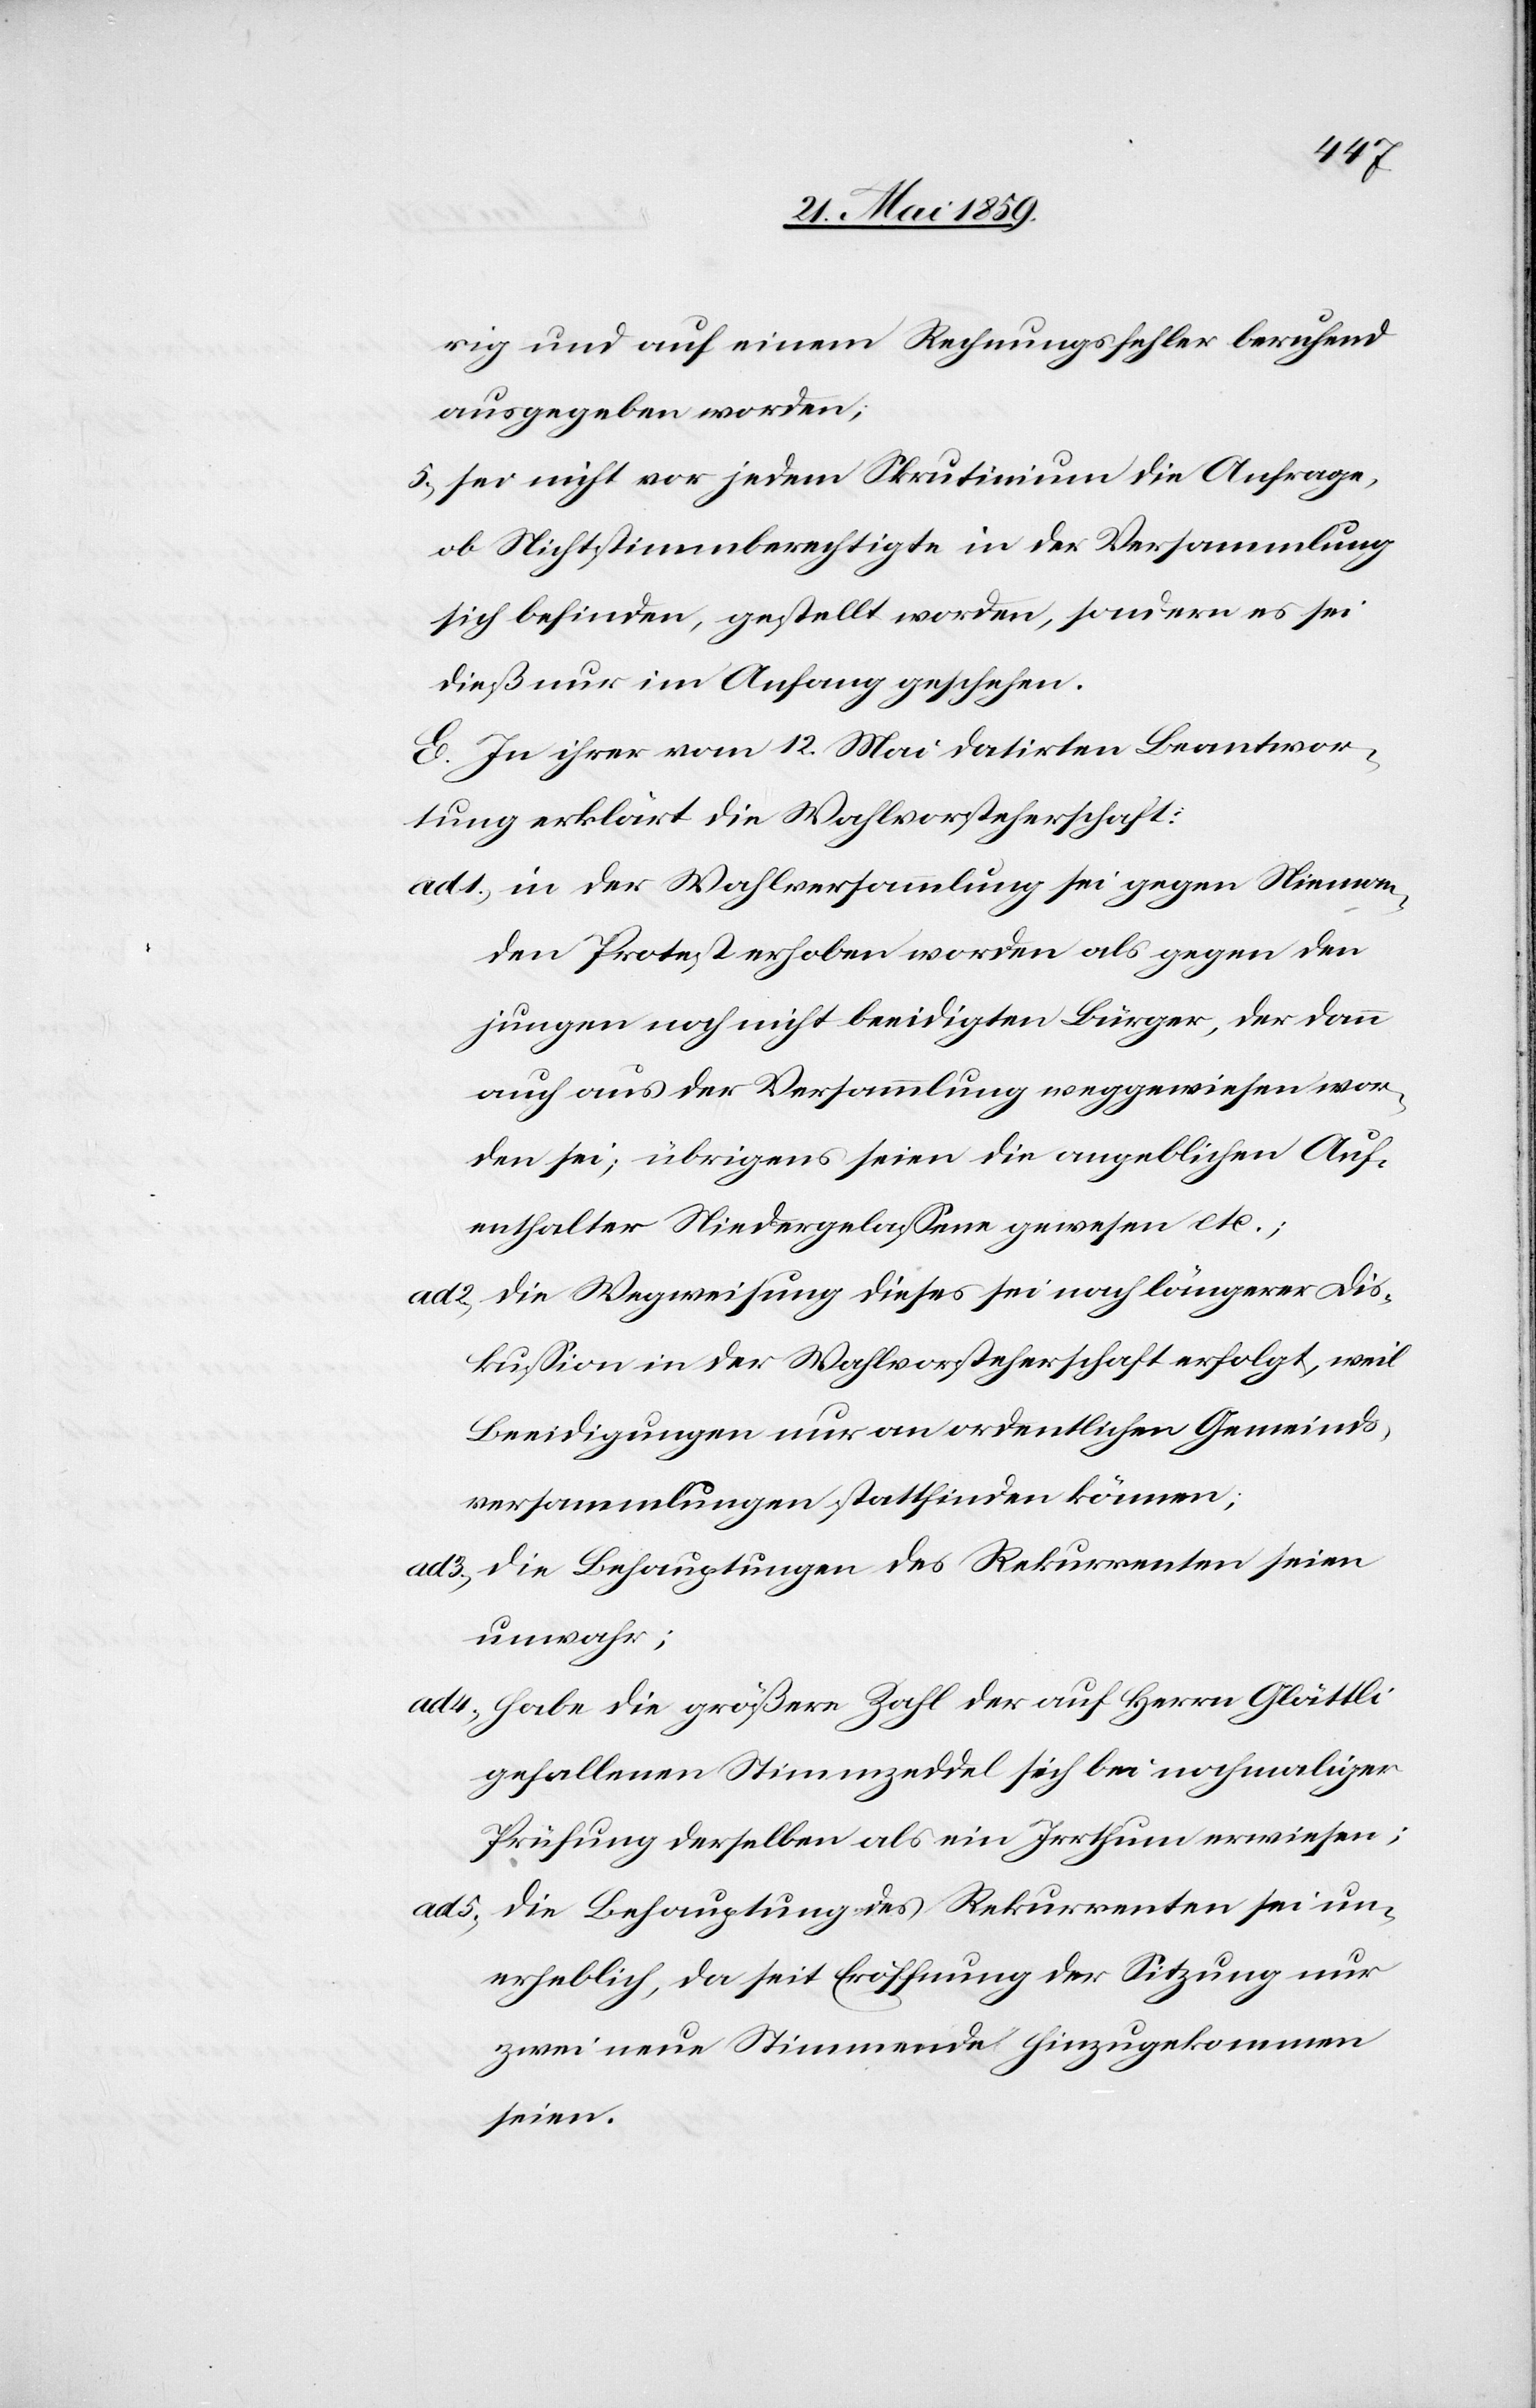
rig und auf einem Rechnungsfehler beruhend
ausgegeben worden;
5) sei nicht vor jedem Skrutinium die Anfrage,
ob Nichtstimmberechtigte in der Versammlung
sich befinden, gestellt worden, sondern es sei
dieß nur im Anfang geschehen.
E. In ihrer vom 12. Mai datirten Beantwor¬
tung erklärt die Wahlvorsteherschaft:
ad 1) in der Wahlversammlung sei gegen Nieman¬
den Protest erhoben worden als gegen den
jungen noch nicht beeidigten Bürger, der dann
auch aus der Versammlung weggewiesen 	wor¬
den sei; übrigens seien die angeblichen Auf¬
enthalter Niedergelassene gewesen etc.;
ad 2) die Wegweisung dieses sei nach längerer Dis¬
kussion in der Wahlvorsteherschaft 	erfolgt, weil
Beeidigungen nur an ordentlichen Gemeinds¬
versammlungen stattfinden 	können;
ad 3) die Behauptungen des Rekurrenten seien
unwahr;
ad 4) habe die größere Zahl der auf Herrn Glättli
gefallenen Stimmzeddel sich bei 	nochmaliger
Prüfung derselben als ein Irrthum erwiesen;
ad 5) Die Behauptung des Rekurrenten sei un¬
erheblich, da seit Eröffnung der Sitzung nur
zwei neue Stimmende hinzugekommen
seien.